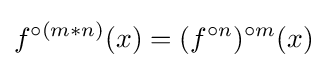
f^{\circ (m*n)}(x)=(f^{\circ n})^{\circ m}(x)